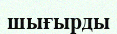
шығырды